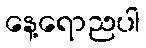
နေ့ရောညပါ